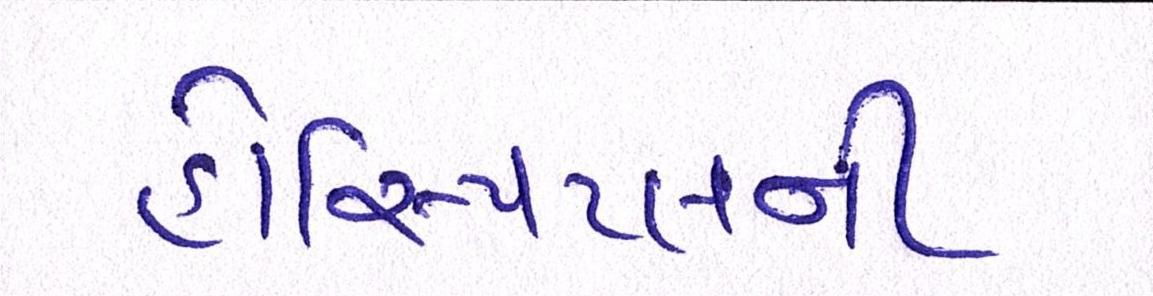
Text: હોસ્પિટલની